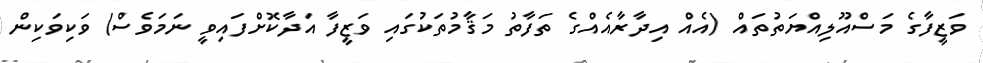
ވަޒީފާގެ މަސްއޫލިއްޔަތުތައް (އެއް އިދާރާއެއްގެ ތަފާތު މަޤާމުތަކުގައި ވަޒީފާ އަދާކޮށްފައިވީ ނަމަވެސް) ވަކިވަކިން